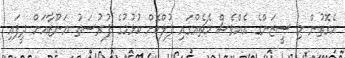
އެގޮތުން މި ސީޒަންގެ އެއްވެސް މެޗެއްގައި ފުލްކޮށް ކުޅުމުގެ ފުރުސަތު ޔަނޫޒާއަށް ދީފައި